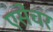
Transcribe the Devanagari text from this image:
एसेंचर